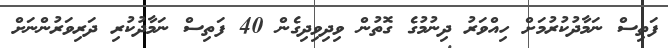
ފަތިސް ނަމާދުކުރުމަށް ހިއްވަރު ދިނުމުގެ ގޮތުން ވިދިވިދިގެން 40 ފަތިސް ނަމާދުކުރި ދަރިވަރުންނަށް